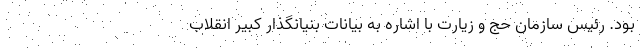
بود. رئیس سازمان حج و زیارت با اشاره به بیانات بنیانگذار کبیر انقلاب